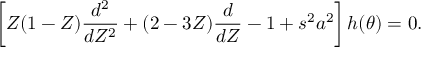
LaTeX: \left[ Z ( 1 - Z ) \frac { d ^ { 2 } } { d Z ^ { 2 } } + ( 2 - 3 Z ) \frac { d } { d Z } - 1 + s ^ { 2 } a ^ { 2 } \right] h ( \theta ) = 0 .